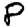
Digit: 8